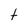
Character: t